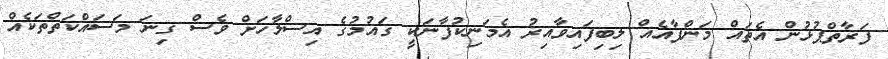
ފަރާތްޕުޅުން އެތައް މަންފާއެއް ލިބިފައިވާއިރު އެމަނިކުފާނަކީ ގައުމުގެ އިސްލާހަށް ވެސް ގިނަ މަސައްކަތްތަކެއް